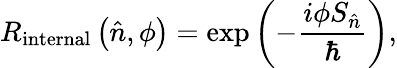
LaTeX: R_{\mathrm{internal}}\left({\hat{n}},\phi\right)=\exp\left(-{\frac{i\phi S_{\hat{n}}}{\hbar}}\right),